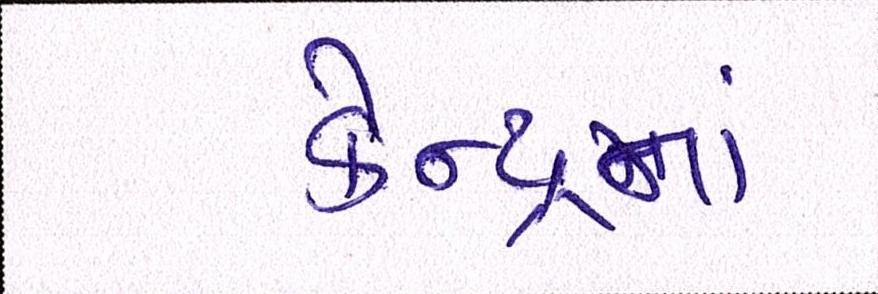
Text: કેન્દ્રનાં